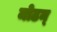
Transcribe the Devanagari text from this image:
मोठम्‌